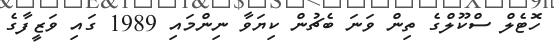
ހޮޓެލް ސްކޫލްގެ ތިން ވަނަ ބެޗުން ކިޔަވާ ނިންމައި 1989 ގައި ވަޒީފާގެ